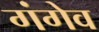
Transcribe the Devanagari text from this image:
गंगेव